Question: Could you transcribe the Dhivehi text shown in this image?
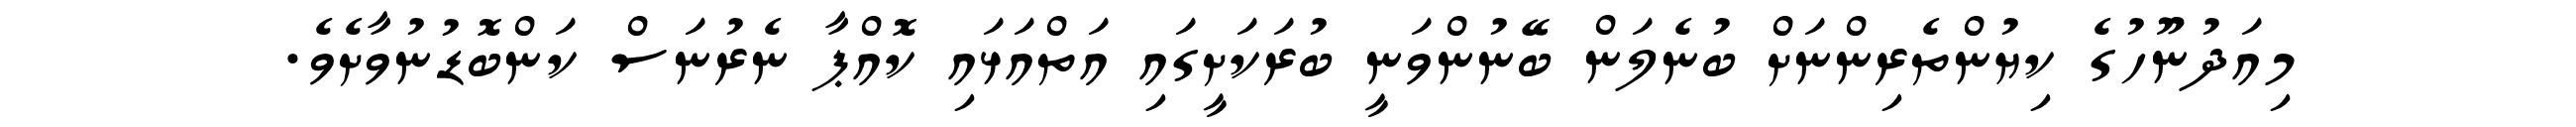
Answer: މިއަދުނޫހުގެ ކިޔުންތެރިންނަށް ބުނެލަން ބޭނުންވަނީ ބުރަކަށީގައި އަތްއަޅައި ކޮއްޕާ ނެރުނަސް ކަންބޮޑުނުވާށެވެ.